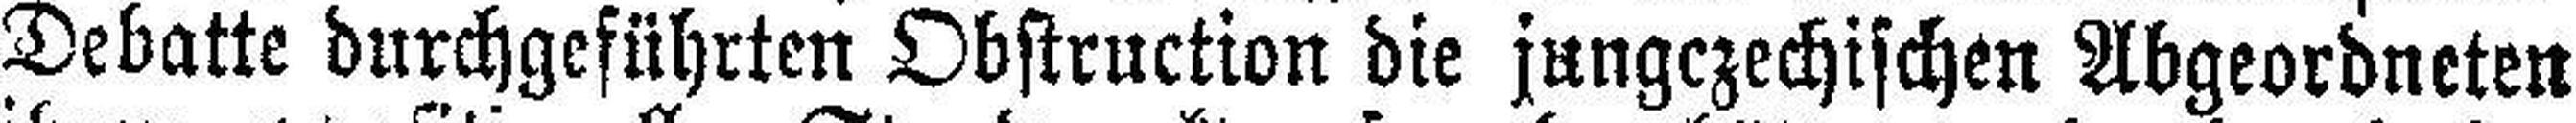
Debatte durchgeführten Obstruction die jungczechischen Abgeordneten